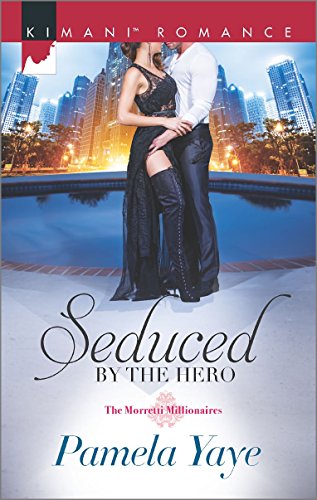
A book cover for Seduced by the Hero (The Morretti Millionaires); Pamela Yaye; Romance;